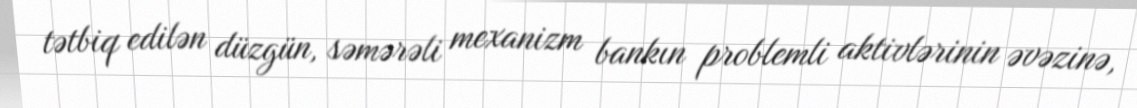
tətbiq edilən düzgün, səmərəli mexanizm bankın problemli aktivlərinin əvəzinə,